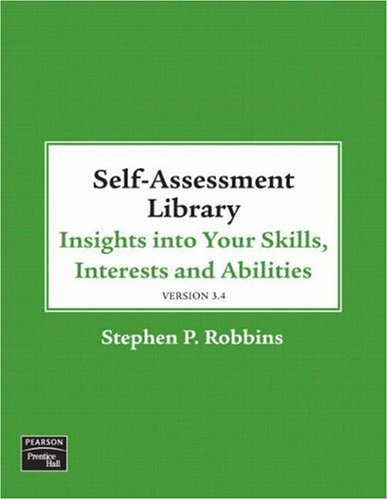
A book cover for Self Assessment Library 3.4; Stephen P. Robbins; Test Preparation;